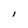
Character: I